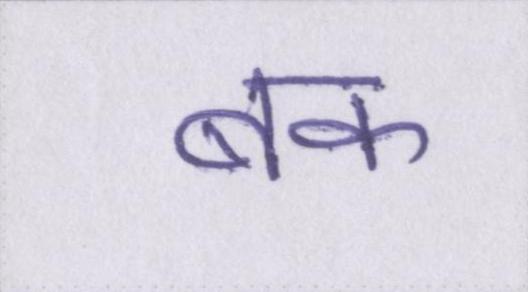
बक